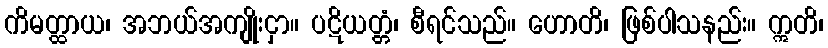
ကိမတ္ထာယ၊ အဘယ်အကျိုးငှာ။ ပဋိယတ္တံ၊ စီရင်သည်။ ဟောတိ၊ ဖြစ်ပါသနည်း။ ဣတိ၊